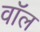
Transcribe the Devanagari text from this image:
वाॅल